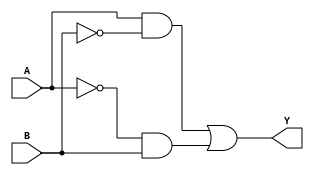
module combinational_logic (
    input wire A,
    input wire B,
    output wire Y
);

// Combinational logic using 'Don't Care' conditions
assign Y = (A & ~B) | (~A & B); // Simplified logic expression

endmodule